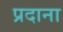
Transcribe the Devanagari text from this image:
प्रदाना